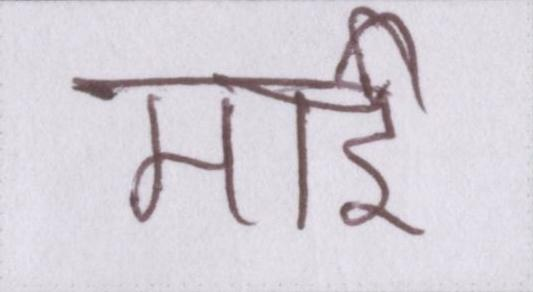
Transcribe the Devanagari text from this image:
माई